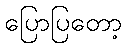
ပြောပြတော့